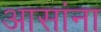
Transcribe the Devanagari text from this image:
आसांना